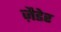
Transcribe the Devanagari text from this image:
ज़ैडेर